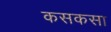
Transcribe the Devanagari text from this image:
कसकसा